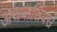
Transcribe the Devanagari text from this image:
अथनासियस